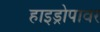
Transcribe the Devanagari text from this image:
हाइड्रोपावर